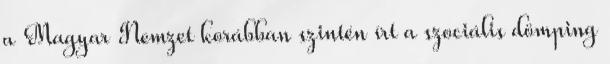
a Magyar Nemzet korábban szintén írt a szociális dömping